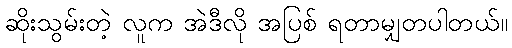
ဆိုးသွမ်းတဲ့ လူက အဲဒီလို အပြစ် ရတာမျှတပါတယ်။